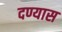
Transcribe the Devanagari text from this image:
दण्यास